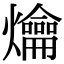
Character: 爚